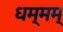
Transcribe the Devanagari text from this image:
धम्मम्